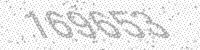
Solution: 169653